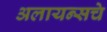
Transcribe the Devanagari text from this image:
अलायन्सचे